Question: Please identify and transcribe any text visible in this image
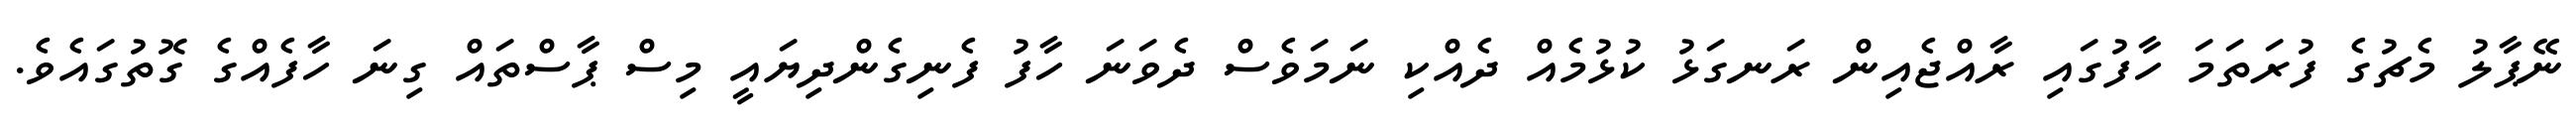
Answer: ނޭޕާލު މެޗުގެ ފުރަތަމަ ހާފުގައި ރާއްޖެއިން ރަނގަޅު ކުޅުމެއް ދެއްކި ނަމަވެސް ދެވަނަ ހާފު ފެނިގެންދިޔައީ މިސް ޕާސްތައް ގިނަ ހާފެއްގެ ގޮތުގައެވެ.